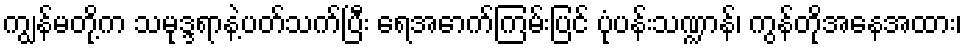
ကျွန်မတို့က သမုဒ္ဒရာနဲ့ပတ်သက်ပြီး ရေအောက်ကြမ်းပြင် ပုံပန်းသဏ္ဍာန်၊ ကွန်တိုအနေအထား၊